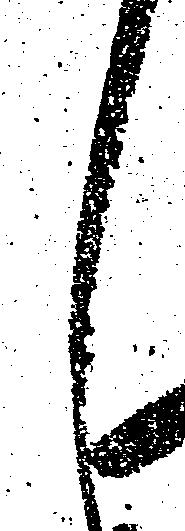
し